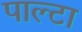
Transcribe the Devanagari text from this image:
पाल्टा